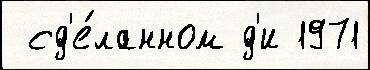
 сд'е́ланном д'и 1971